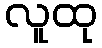
လူထု